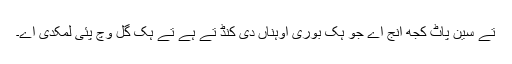
تے سین پاٹ کجھ انج اے جو ہک بوری اوہناں دی کنڈ تے ہے تے ہک گل وچ پئی لمکدی اے۔